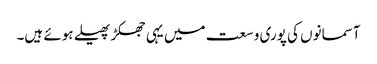
آسمانوں کی پوری وسعت میں یہی جھکڑ پھیلے ہوئے ہیں۔